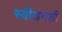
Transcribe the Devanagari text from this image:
स्वीडनशी